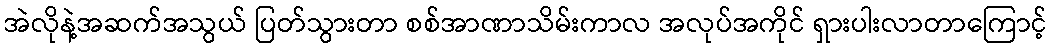
အဲလိုနဲ့အဆက်အသွယ် ပြတ်သွားတာ စစ်အာဏာသိမ်းကာလ အလုပ်အကိုင် ရှားပါးလာတာကြောင့်